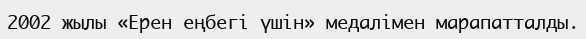
2002 жылы «Ерен еңбегі үшін» медалімен марапатталды.